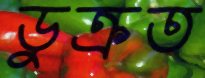
ডুক্‌রত